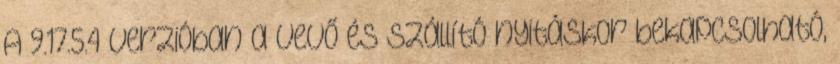
A 9.17.5.4 verzióban a vevő és szállító nyitáskor bekapcsolható,